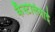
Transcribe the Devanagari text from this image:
कैस्टेलियाई